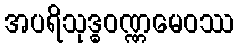
အပရိသုဒ္ဓဝဏ္ဏမေဝဿ